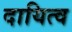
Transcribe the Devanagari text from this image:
दायित्‍व